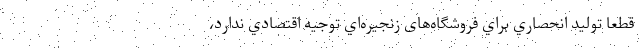
قطعا توليد انحصاري براي فروشگاه‌های زنجيره‌اي توجيه اقتصادي ندارد،